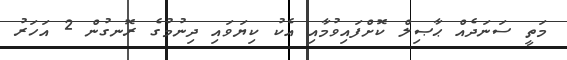
މަތީ ސަނަދެއް ޙާޞިލް ކޮށްފައިވުމާއި އެކު ކިޔަވައި ދިނުމުގެ ރޮނގުން 2 އަހަރު